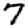
Digit: 7